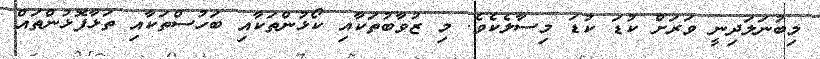
މިބުނަލަދިނީ ވަރަށް ކުޑަ ކުޑަ މިސާލެކެވެ. މި ޒުވާބުތަކާއި ކޯޅުންތަކާއި ބަހުސްތަކާއި ތަޅާފޮޅުންތައް